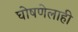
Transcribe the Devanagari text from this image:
घोषणेलाही